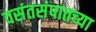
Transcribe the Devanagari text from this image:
वसंतसंपातच्या